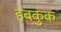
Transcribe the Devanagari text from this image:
हबकुक